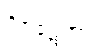
ဝိဇဋေတွာ